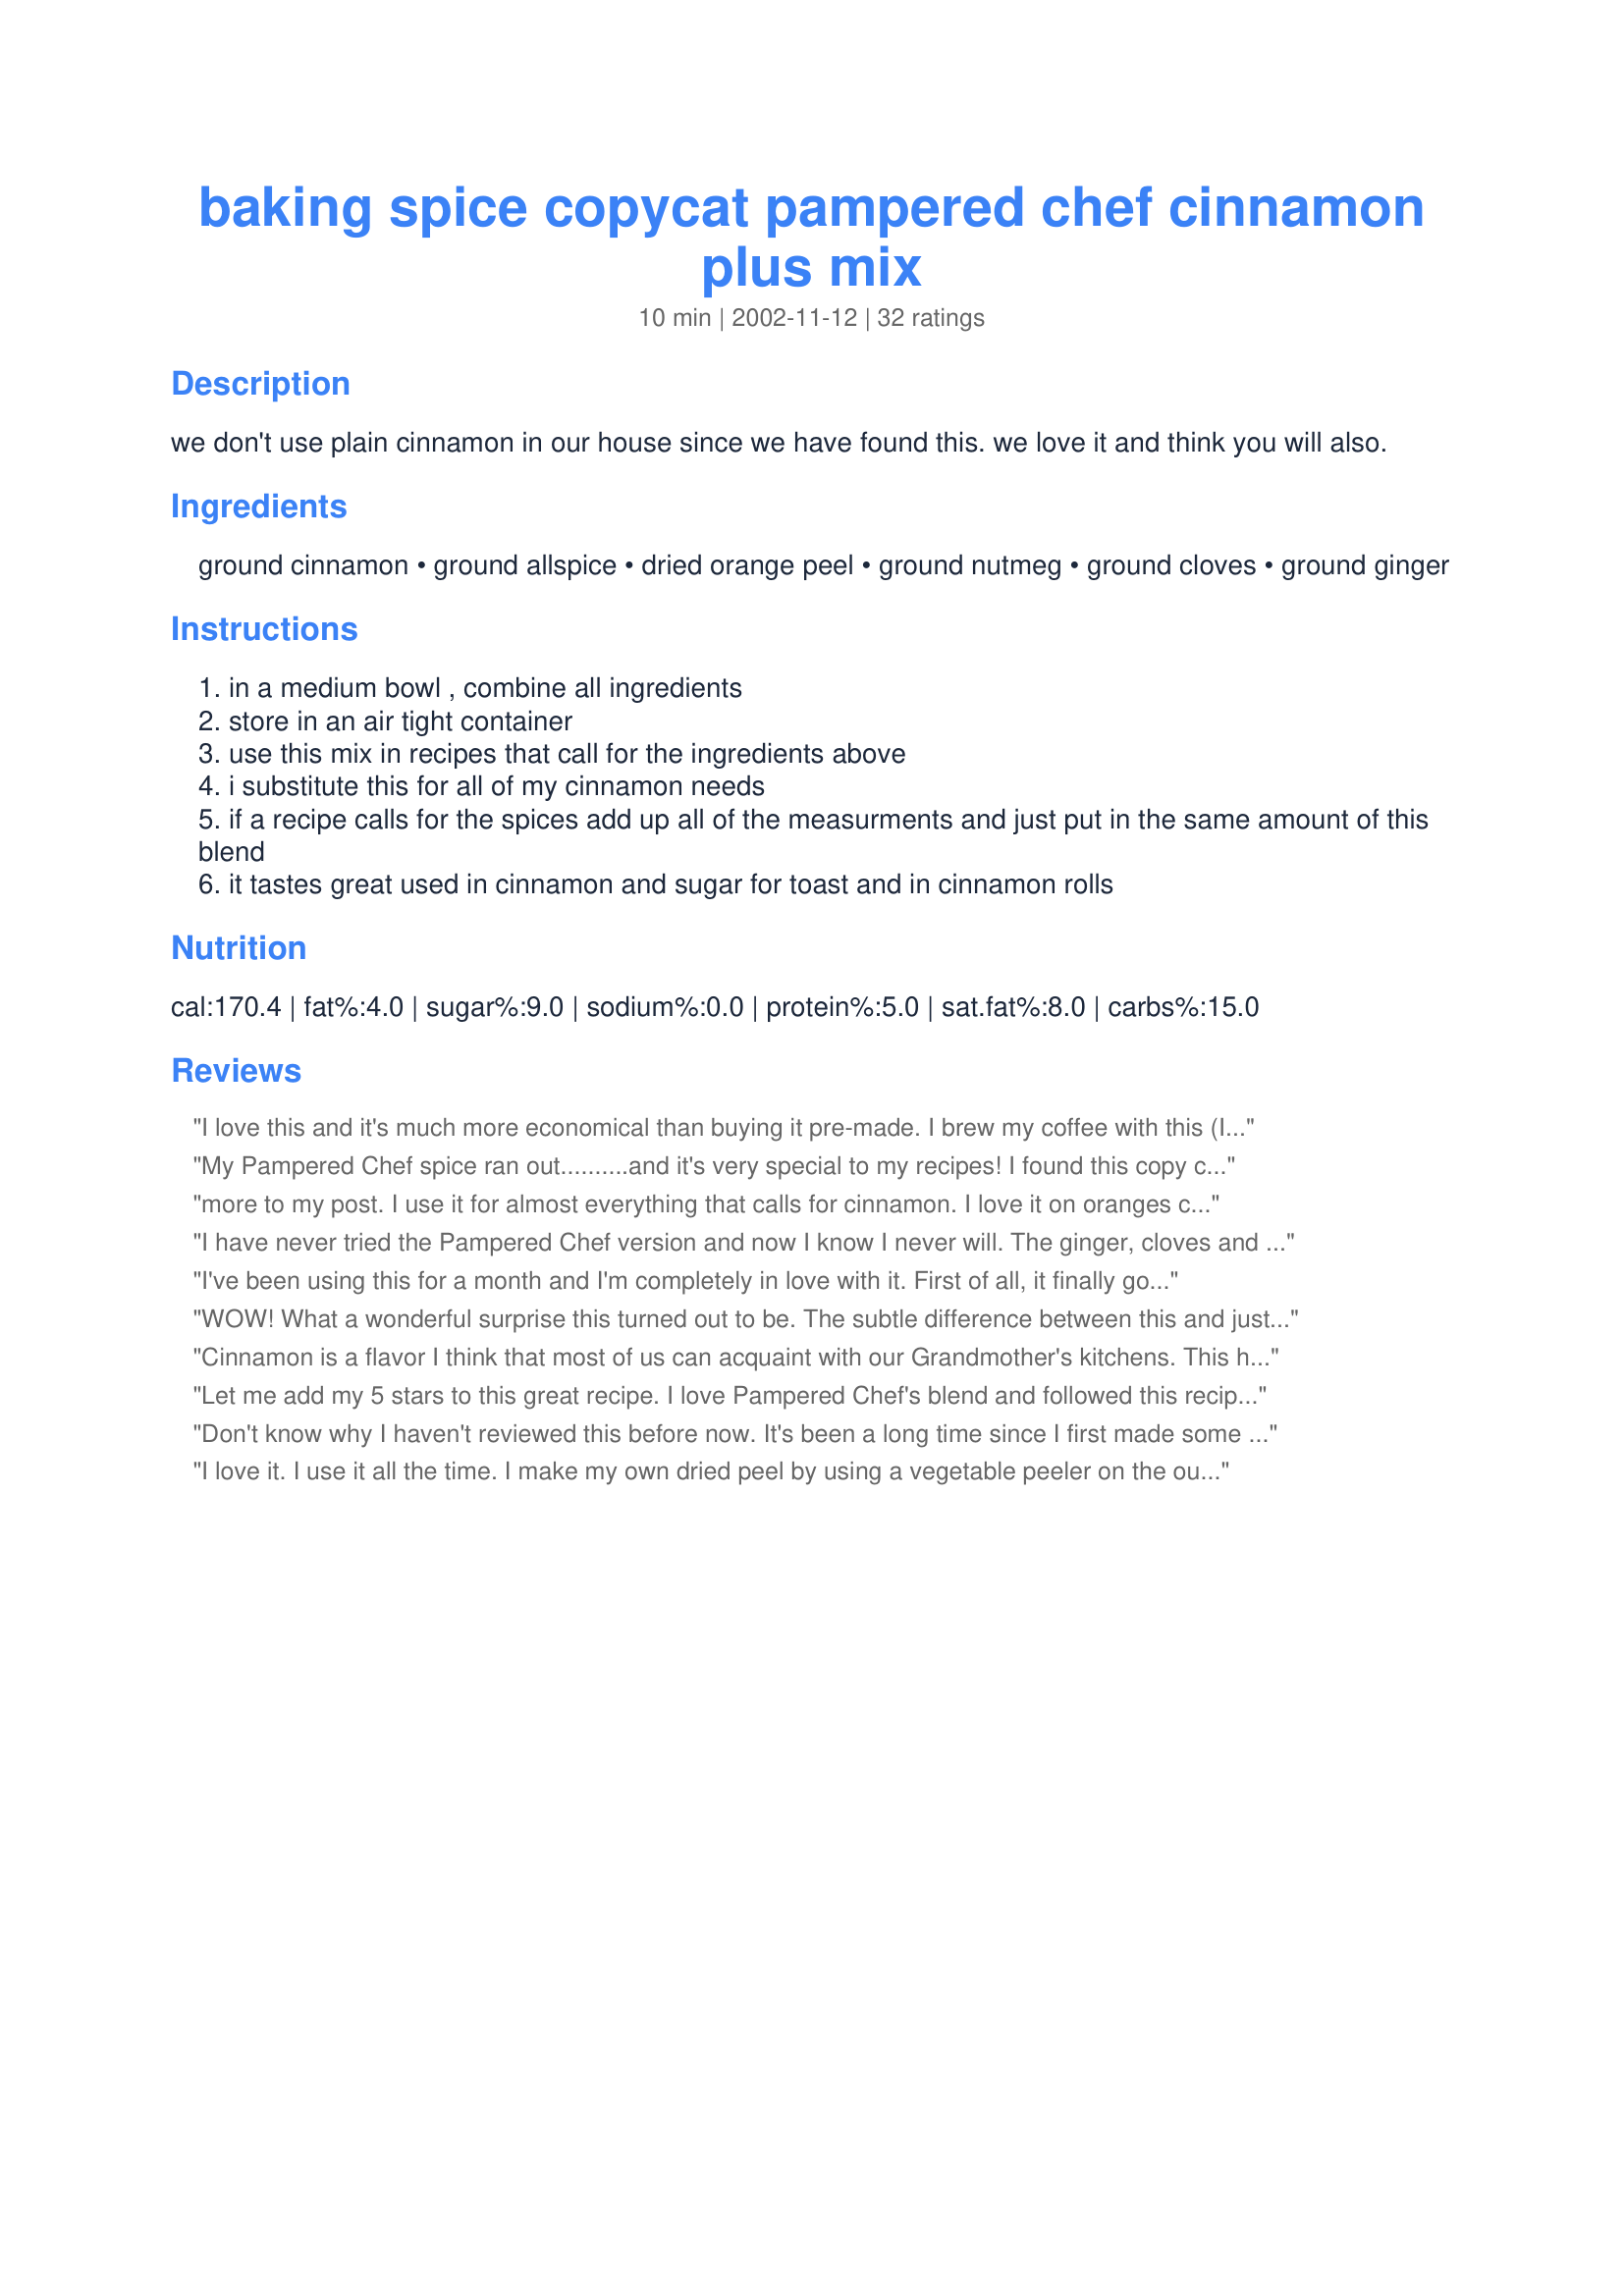
baking spice copycat pampered chef cinnamon plus mix
Preparation time: 10 minutes

we don't use plain cinnamon in our house since we have found this. we love it and think you will also.

Ingredients:
ground cinnamon, ground allspice, dried orange peel, ground nutmeg, ground cloves, ground ginger

Steps:
in a medium bowl , combine all ingredients
store in an air tight container
use this mix in recipes that call for the ingredients above
i substitute this for all of my cinnamon needs
if a recipe calls for the spices add up all of the measurments and just put in the same amount of this blend
it tastes great used in cinnamon and sugar for toast and in cinnamon rolls

Reviews:
I love this and it's much more economical than buying it pre-made. I brew my coffee with this (I add 1 Tbsp, per 5-6 cups, to coffee grounds prior to brewing). Make sure all your spices are fresh...otherwise, mix can be bitter. Thanks for posting this recipe; I can't wait to try it in when I bake. A definite keeper!
My Pampered Chef spice ran out..........and it's very special to my recipes! I found this copy cat recipe and it tastes exactly the same! Thank you for sharing!!
more to my post. I use it for almost everything that calls for cinnamon. I love it on oranges cut like grapefruit, with a little sugar. I am so glad I found it again. It is now copied and added to my recipebox
I have never tried the Pampered Chef version and now I know I never will. The ginger, cloves and nutmeg offer a depth of flavor that makes each dish taste gourmet. I halfed the recipe the first time to make sure it gets used quickly. Also, buying whole spices and grinding what you need is the best way to go here. Thanks dayla.
I've been using this for a month and I'm completely in love with it. First of all, it finally got me to Penzey's, which has become an obsession with me ... I used whole allspice, nutmeg and cloves, and ground 'em myself, along with cinnamon sticks. I used Penzey's orange peel and ground ginger. It's so wonderfully flavorful I use it in place of cinnamon all the time -- I made applesauce with this, and just made instant oatmeal with it. I'm not sure I'll ever use plain ol' cinnamon again. Thanks so much for posting this!
WOW! What a wonderful surprise this turned out to be. The subtle difference between this and just plain ol' cinnamon is amazing! This is a must try!
Cinnamon is a flavor I think that most of us can acquaint with our Grandmother's kitchens. This had that wonderful aroma as well. The taste is there to boot! A true winner. Thank you for sharing this with us. I will be using this mix on many baked goods.
Let me add my 5 stars to this great recipe. I love Pampered Chef's blend and followed this recipe and it taste just like it and sooo much cheaper. It made TWO shakers full, enough for me and my DD. I did throw it all in my magic bullet and blended for a few seconds to make sure all was mixed well and that worked great. Thanks so much for posting - this is what I'll be using from now on!
Don't know why I haven't reviewed this before now. It's been a long time since I first made some of it. This is awesome. It is wonderful in all your baked good and also great making a pot of coffee and sprinkling some on the coffee before brewing.
I love it. I use it all the time. I make my own dried peel by using a vegetable peeler on the outside of an organic orange and let it dry in a cool dark room.
I have never tried the Pampered Chef spice but I have to say this is an awesome spice combo! I have made this a few times now and it doesn't take long for it to disappear! The first time I made it I used the orange peel but the rest of my family seems to prefer it without. I have also used this recipe to create the most delicious cinnamon buns ever. (A really fast method is to make Tasty Buns recipe#35889, roll out, sprinkle with brown sugar, top with this baking spice, roll up, cut and bake. Ready to eat in about an hour!) Thanks for posting!
I'm another one who's never used the Pampered Chef version, but I'm in love with this stuff. I made a bunch of it last year to go in Christmas baskets and kept a jar for myself. I've used it often in baking, but it really makes oatmeal taste special--and it makes the best cinnamon toast ever!
Love this spice recipe!
Never tried Pampered Chef but such a nice smell and flavor! I&#039;m going to try it in my coffee next. Thanks! Made for the Zaar Cookbook tag.
this is a very nice spice mix!! love to use on cinnamon rolls (duh,right?) and also when making cinnamon and sugar toast. and if i feel its getting old and needs to be used up i toss it in some water in a small crock pot or pan on the stove and let the house smell like ive been baking all day. Thanks Dayla!
Wonderful! Awesome in place of just cinnamon. Thanks for the recipe!
The instructions say 10 minutes, but it really doesn't take that long. It's really a less than 3 minute activity. You can make this while you are waiting for something else to cook. And it's much better than plain old cinnimon!
This is so good! I left out the orange peel since I didn't have any. I also used only 1/2 tsp of nutmeg since I'm not crazy about it. I sprinkled some of this on my French toast this morning(along with a pinch of sugar) and it was divine! No more plain cinnamon at my house.
This stuff is really good. I used some of it over baked apples, all I can say is Yumm....
I have never had Pampered Chef Cinnamon Plus but this is excellent. I used it in place of nutmeg in the Williams-Sonoma banana bread recipe from this site and I'm sure I'll find many more things to use it in. Thanks!
This is wonderful! I use it in place of cinnamon in all my recipes now! Thanks!
So yummy!!! I use this in my morning porridge, my friend uses it in his banana protein shake. would be wonderful in cinnamon rolls or apple pie or bread pudding... so many possibilities. Thanks for a wonderful recipe.
Dayla...I have used the Pampered Chef Cinnamon Spice for awhile, loved it, but expensive...this copy cat recipe is excellent!!! Tastes the same, but much cheaper! I have used it today on a coffee cake and as a streusel topping on cupcakes. Thanks, so much! It's so much better than cinnamon!
I haven't ever used the pampered chef spice either, but have to say this is great. I used it in apple pie and got rave reviews about it. This will replace cinnamon in my house!
It's like a grown-up version of cinnamon. My toast was great. I can't imagine anyone paying Pampered Chef as much as they charge for a little bottle of spice, so I was never intending on trying this. But now I don't have to pay all that. Thanks for the recipe, Dayla!
I sixthed the recipe because I think I only have about 2 Tbs of cinnamon on-hand total right now (including the 1 Tbs I used for the recipe) and to fit in the spice jar I have. I did change a couple things- we can't stand nutmeg really, so I only added a couple dashes (maybe 1/16th tsp). I also didn't have the orange peel, so I added 1/4 tsp cardamom. I was really curious as to what this tasted like so I made some cinnamon toast- delicious! I can't wait to use it in a recipe- its a nice twist, but I'm not sure it would replace cinnamon altogether. This is really unique and tasty!
I've been using this instead of cinnamon ever since I found it here a few years ago. It's terrific!! I don't put the dried orange peel in it, but everything else stays the same. Wonderful! I've given it to family in dressed up containers for gifts too.
I've never used Pampered Chef's, but this stuff is great! I'm going to make up a large batch, and give as Christmas presents. Thanks for posting. This is awesome.
While I've never purchased the PC Cinnamon Plus, I have tasted it in baked items *yummy* ... and enjoyed its scent at parties. Soooooo, I just had to try this recipe! I love it! Just love it! I am a cinnamon fanatic the way a lot of people are chocoholics. I love this with my morning oatmeal and I've even scooped a spoonful into the ground coffee before brewing. I foresee me making a lot of this... Thanks for sharing this recipe with us!
OUTSTANDING!!! You are my hero for posting this recipe! Now, I don't have to call a pampered chef consultant, pay $5.95 plus shipping and tax and wait FOREVER to get a litte bottle of this stuff. Thank you!
I used a microplane zester to zest an organic orange, then used the dehydrate setting on my Kitchenaid oven for about 45 minutes to dry the orange zest. I haven't seen it in the spice section of any stores here.
This mix is wonderful...really simple to stir up and use. I made Puffy French Toast with it, and it came out delicious. My homemade cinnamon rolls came out better than ever with this instead of plain cinnamon.
Good stuff, Dayla...thanks for sharing.
LC
